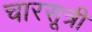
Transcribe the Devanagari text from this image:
चारसूत्री